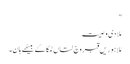
"
مُلا دی وصیت
مُلا ہوریں قبر وچ لتاں لمکا کے بیٹھے ہان۔